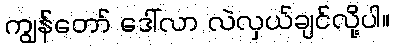
ကျွန်တော် ဒေါ်လာ လဲလှယ်ချင်လို့ပါ။